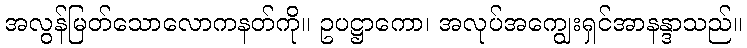
အလွန်မြတ်သောလောကနတ်ကို။ ဥပဋ္ဌာကော၊ အလုပ်အကျွေးရှင်အာနန္ဒာသည်။